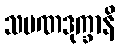
သမဏဒုက္ခာနိ